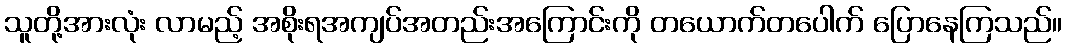
သူတို့အားလုံး လာမည့် အစိုးရအကျပ်အတည်းအကြောင်းကို တယောက်တပေါက် ပြောနေကြသည်။